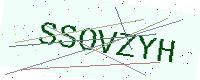
Text: SSOVZYH